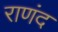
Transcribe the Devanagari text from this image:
राणंद